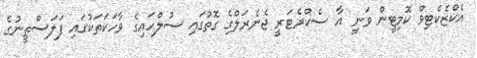
އެކްޒެކެޓިވް ކޮމިޓީން ވަނީ އާ ސެކްރެޓަރީ ޖެނެރަލްގެ ގޮތުގައި ސުލްހައިގެ ވާހަކަތަކުގައި ފަލަސްތީނުގެ